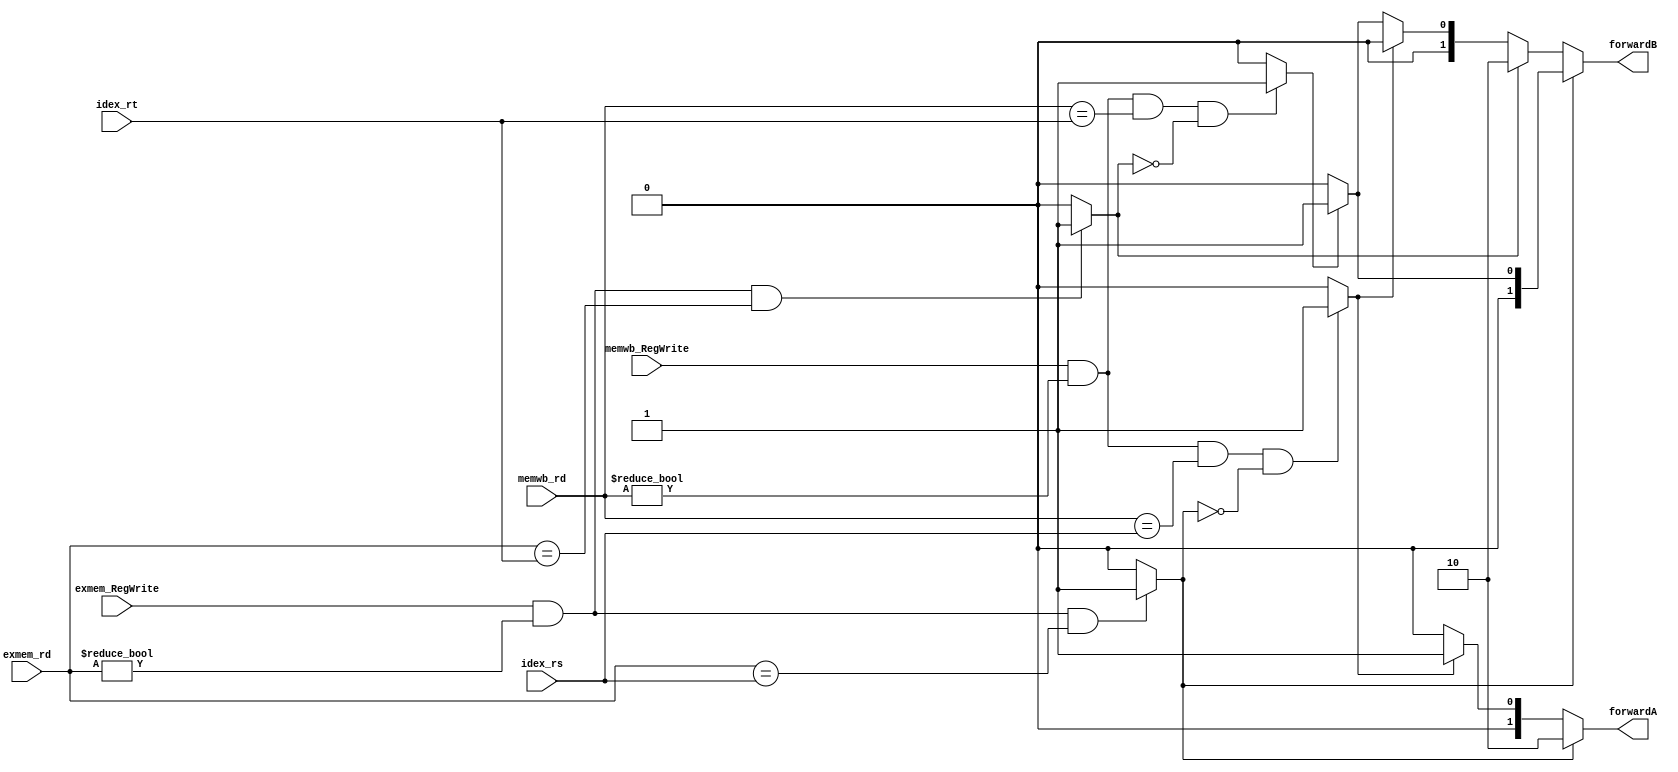
`timescale 1ns / 1ps
//////////////////////////////////////////////////////////////////////////////////
// Company: 
// Engineer: 
// 
// Design Name: 
// Module Name:    Forwarding_Unit 
// Project Name: 
// Target Devices: 
// Tool versions: 
// Description: 
//
// Dependencies: 
//
// Revision: 
// Revision 0.01 - File Created
// Additional Comments: 
//
//////////////////////////////////////////////////////////////////////////////////
//0316303fM_0316309S
module Forwarding_Unit(
	exmem_rd,
	idex_rs,
	idex_rt,
	memwb_rd,
	exmem_RegWrite,
	memwb_RegWrite,
	forwardA,
	forwardB
    );
input [4:0]	exmem_rd;
input [4:0]	idex_rs;
input [4:0]	idex_rt;
input [4:0]	memwb_rd;
input   		exmem_RegWrite;
input       memwb_RegWrite;
output reg [1:0]  forwardA;
output reg [1:0]	forwardB;
wire ex_hazard_rs, ex_hazard_rt, mem_hazard_rs, mem_hazard_rt;
assign ex_hazard_rs = (exmem_RegWrite && (exmem_rd!=0) && (exmem_rd==idex_rs))? 1:0;
assign ex_hazard_rt = (exmem_RegWrite && (exmem_rd!=0) && (exmem_rd==idex_rt))? 1:0;
assign mem_hazard_rs = (memwb_RegWrite && (memwb_rd!=0) && (memwb_rd==idex_rs) && !(ex_hazard_rs))? 1:0;
assign mem_hazard_rt = (memwb_RegWrite && (memwb_rd!=0) && (memwb_rd==idex_rt) && !(ex_hazard_rt))? 1:0;

always@(*)begin
	if(ex_hazard_rs) //ex hazard
	begin
		forwardA <= 2'b10;
		if(mem_hazard_rt)
			forwardB <=	2'b01;
		else
			forwardB <=	2'b00;
	end
	else if(ex_hazard_rt) //ex hazard
	begin
		if(mem_hazard_rs)
			forwardA <= 2'b01;
		else
			forwardA <= 2'b00;
		forwardB <=	2'b10;
	end
	else if(mem_hazard_rs)//mem hazard
	begin
		forwardA <= 2'b01;
		if(ex_hazard_rt)
		forwardB <=	2'b10;
		else
			forwardB <=	2'b00;
	end
	else if(mem_hazard_rt) //mem hazard
	begin
		if(ex_hazard_rs)
			forwardA <= 2'b10;
		else
			forwardA <= 2'b00;
		forwardB <=	2'b01;
	end
	else
	begin
		forwardA <= 2'b00;
		forwardB <=	2'b00;
	end
end
endmodule